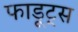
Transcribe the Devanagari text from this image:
फाडूट्स